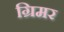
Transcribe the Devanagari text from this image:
ग्रिमर